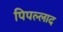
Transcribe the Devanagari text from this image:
पिपल्लाद